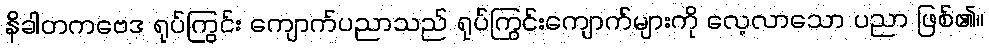
နိခါတကဗေဒ ရုပ်ကြွင်း ကျောက်ပညာသည် ရုပ်ကြွင်းကျောက်များကို လေ့လာသော ပညာ ဖြစ်၏။